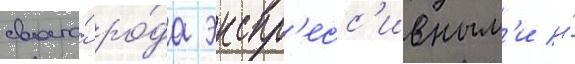
своего́ ро́да экспр'есс'ивным'и и́